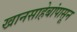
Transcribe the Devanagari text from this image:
खानसाहेबांपासून